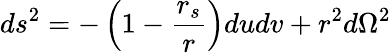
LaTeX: ds^{2}=-\left(1-\frac{r_{s}}{r}\right)dudv+r^{2}d\Omega^{2}